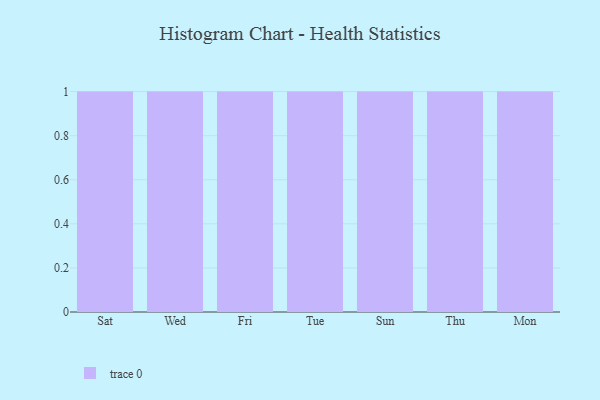
{"axis": {"x": "Day", "y": "Population (Million)"}, "legend": [""], "data": [{"x": "Sat", "y": 70, "type": ""}, {"x": "Wed", "y": 80, "type": ""}, {"x": "Fri", "y": 82, "type": ""}, {"x": "Tue", "y": 46, "type": ""}, {"x": "Sun", "y": 14, "type": ""}, {"x": "Thu", "y": 92, "type": ""}, {"x": "Mon", "y": 16, "type": ""}]}